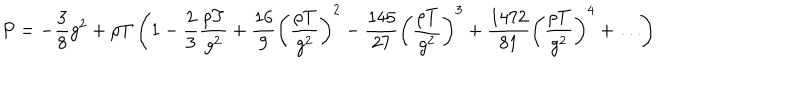
LaTeX: P = - \frac { 3 } { 8 } g ^ { 2 } + \rho T \left( 1 - \frac { 2 } { 3 } \frac { \rho T } { g ^ { 2 } } + \frac { 1 6 } { 9 } \left( \frac { \rho T } { g ^ { 2 } } \right) ^ { 2 } - \frac { 1 4 5 } { 2 7 } \left( \frac { \rho T } { g ^ { 2 } } \right) ^ { 3 } + \frac { 1 4 7 2 } { 8 1 } \left( \frac { \rho T } { g ^ { 2 } } \right) ^ { 4 } + \ldots \right)